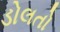
ડોલતો